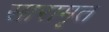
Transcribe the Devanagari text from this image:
सारामृत